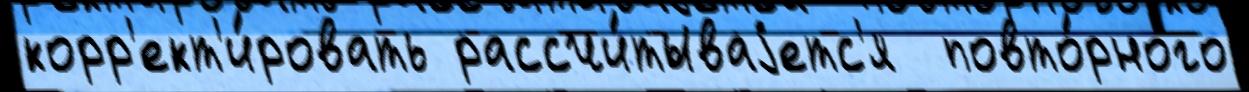
корр'ект'и́ровать рассчи́тываjетс'я  повто́рного